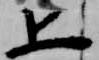
上